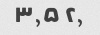
۲٫ ۳٫۵